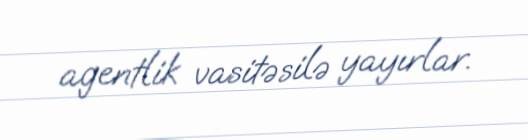
agentlik vasitəsilə yayırlar.